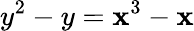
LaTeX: y^{2}-y=\mathbf{x}^{3}-\mathbf{x}